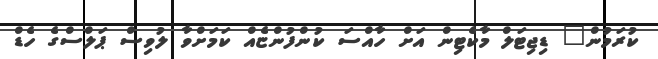
ކުރަމުން" ޑިޖިޓަލް މާކެޓިން އަށް ހާއްސަ ކުންފުންޏެއް ކަމަށްވާ ލުވިސް ޕަލްސްގެ ހެޑް